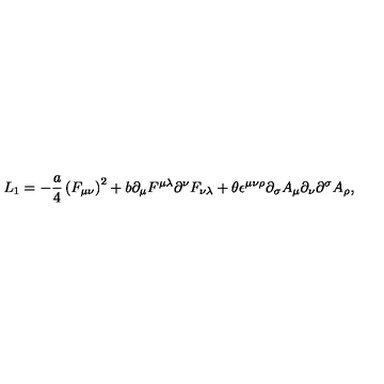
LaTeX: L _ { 1 } = - \frac { a } { 4 } \left( F _ { \mu \nu } \right) ^ { 2 } + b \partial _ { \mu } F ^ { \mu \lambda } \partial ^ { \nu } F _ { \nu \lambda } + \theta \epsilon ^ { \mu \nu \rho } \partial _ { \sigma } A _ { \mu } \partial _ { \nu } \partial ^ { \sigma } A _ { \rho } ,